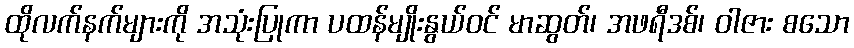
ထိုလက်နက်များကို အသုံးပြုကာ ပထန်မျိုးနွယ်ဝင် မာဆွတ်၊ အဖရီဒစ်၊ ဝါဇား စသော